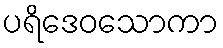
ပရိဒေဝသောကာ